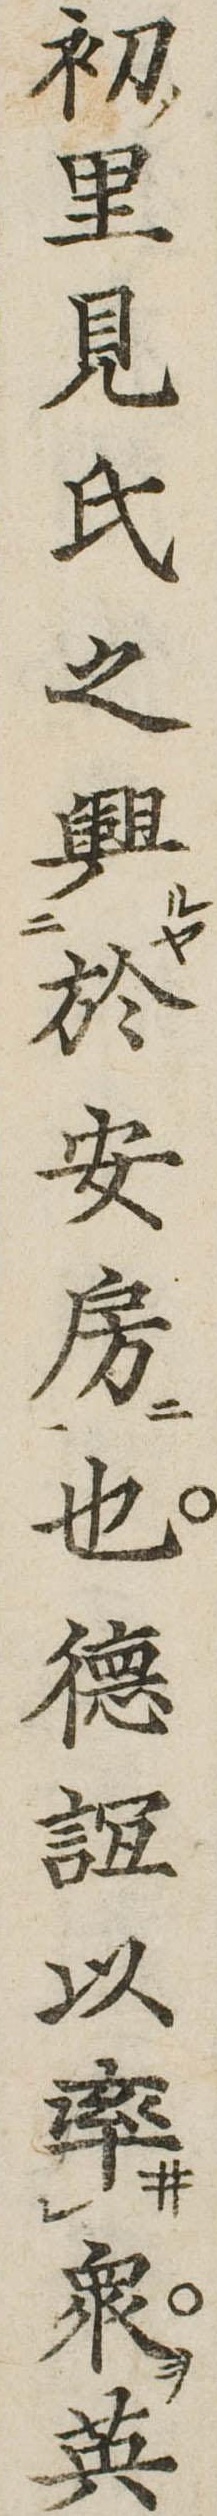
初里見氏之興於安房也徳誼以率衆英